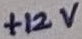
Text: +12V